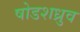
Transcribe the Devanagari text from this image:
षोडशध्रुव